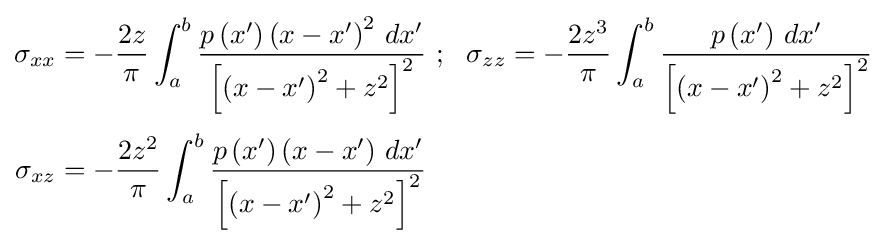
{\begin{aligned}\sigma _{xx}&=-{\frac {2z}{\pi }}\int _{a}^{b}{\frac {p\left(x'\right)\left(x-x'\right)^{2}\,dx'}{\left[\left(x-x'\right)^{2}+z^{2}\right]^{2}}}~;~~\sigma _{zz}=-{\frac {2z^{3}}{\pi }}\int _{a}^{b}{\frac {p\left(x'\right)\,dx'}{\left[\left(x-x'\right)^{2}+z^{2}\right]^{2}}}\\[3pt]\sigma _{xz}&=-{\frac {2z^{2}}{\pi }}\int _{a}^{b}{\frac {p\left(x'\right)\left(x-x'\right)\,dx'}{\left[\left(x-x'\right)^{2}+z^{2}\right]^{2}}}\end{aligned}}